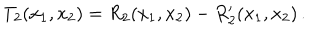
LaTeX: T _ { 2 } ( x _ { 1 } , x _ { 2 } ) = R _ { 2 } ( x _ { 1 } , x _ { 2 } ) - R _ { 2 } ^ { \prime } ( x _ { 1 } , x _ { 2 } ) \, .